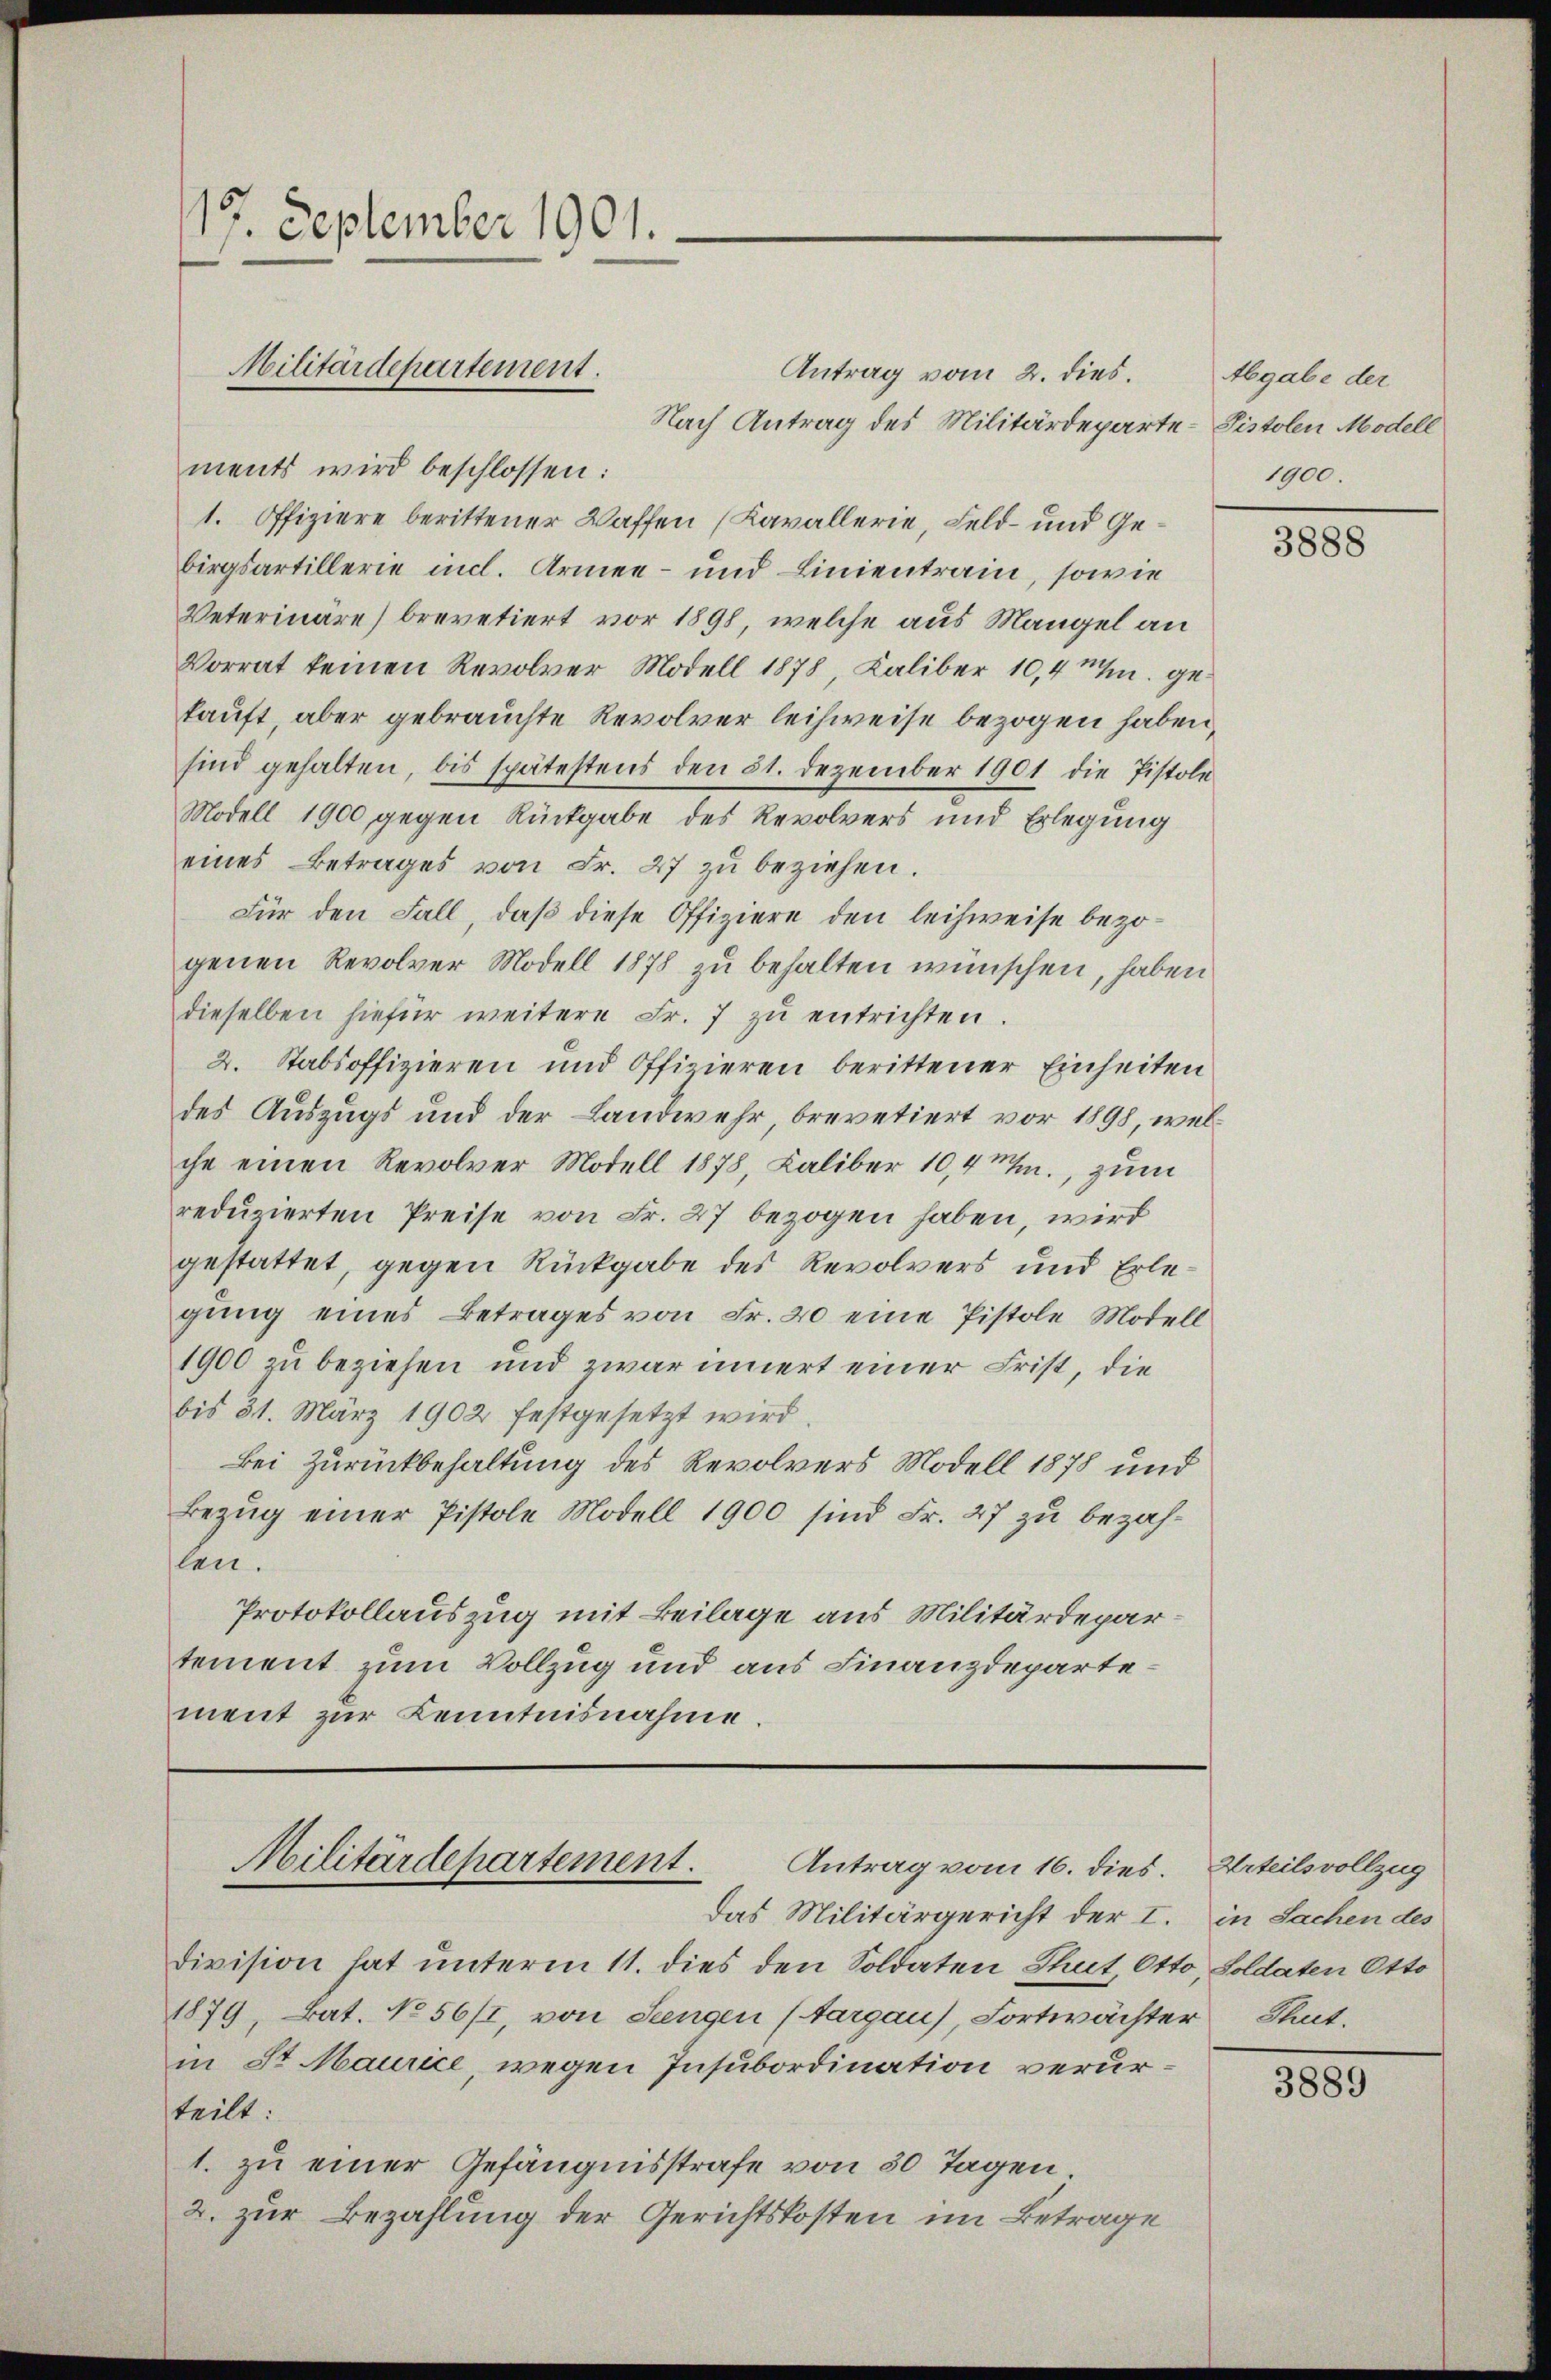
Antrag vom 2. dies.
Nach Antrag des Militärdeparte - Pistolen Modell
ments wird beschlossen:
1. Offiziere berittener Waffen (Kavallerie, Feld- und Gebirgsartillerie incl. Armee- und Linientrain, sowie
Veterinäre) brevetiert vor 1898, welche aus Mangel an
Vorrat keinen Revolver Modell 1878 Kaliber 10,4 M. gekauft aber gebrauchte Revolver leihweise bezogen haben,
sind gehalten, bis spätestens den 31. Dezember 1901 die Pistole
Modell 1900 gegen Rückgabe des Revolvers und Erlegung
eines Betrages von Fr. 27 zŭ beziehen.
Für den Fall, daß diese Offiziere den leihweise bezogenen Revolver Modell 1878 zu behalten wünschen, haben
dieselben hiefür weitere Fr. 7 zŭ entrichten.
2. Stabsoffizieren und Offizieren berittener Einheiten
des Auszugs und der Landwehr, brevetiert vor 1898, welche einen Revolver Modell 1878, Laliber 10,4 1., zum
reduzierten Preise von Fr. 27 bezogen haben, wird
gestattet, gegen Rückgabe des Revolvers und Erlegung eines Betrages von Fr. 20 eine Pistole Modell
1900 zu beziehen und zwar innert einer Frist, die
bis 31. März 1902 festgesetzt wird.
Bei Zurückbehaltung des Revolvers Modell 1878 und
Bezug einer Pistole Modell 1900 sind Fr. 27 zu bezahlen.
Protokollauszug mit Beilage aus Militärdepartement zum Vollzug und aus Finanzdepartement zur Kenntnisnahme.

17. September 1901.
Militärdepartement.

Militärdepartement.
Antrag vom 16. dies. Urteilsvollzug

Division hat unterm 11. dies den Soldaten Thut, Otto, Soldaten Otto
1879, Bat. No 56/I, von Seengen (Aargau), Fortwächter Stat.
in St. Maurice, wegen Insubordination verurteilt:
1. zu einer Gefängnisstrafe von 30 Tagen
2. zur Bezahlung der Gerichtskosten im Betrage

Das Militärgericht der I. in Sachen des

Abgabe der
1900.

3888

3889